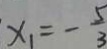
x _ { 1 } = - \frac { 5 } { 3 }